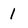
Character: 1